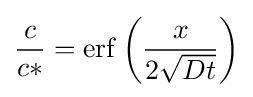
{\frac {c}{c*}}=\operatorname {erf} \left({\frac {x}{2{\sqrt {Dt}}}}\right)